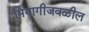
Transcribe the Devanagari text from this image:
मियागीजवळील